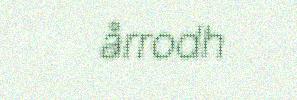
årrodh